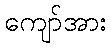
ကျော်အား